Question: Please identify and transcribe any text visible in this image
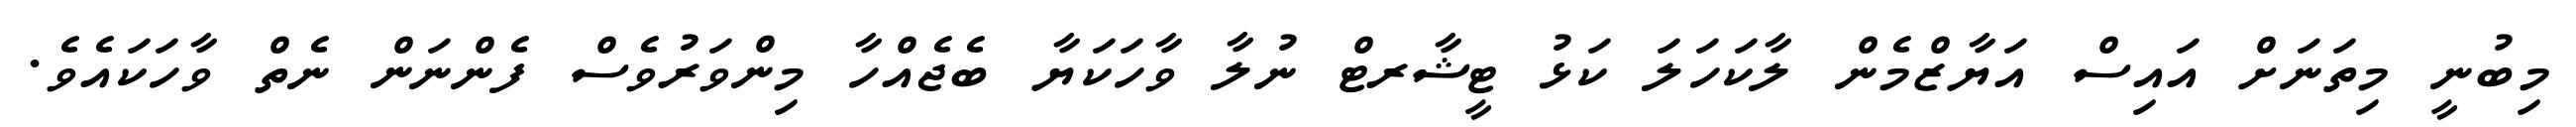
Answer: މިބުނީ މިތަނަށް އައިސް އަޔާޒްމެން ލާކަހަލަ ކަޅު ޓީޝާރޓް ނުލާ ވާހަކަޔާ ބެޖެއްހާ މިންވަރުވެސް ފެންނަން ނެތް ވާހަކައެވެ.